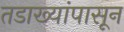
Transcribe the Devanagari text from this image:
तडाख्यांपासून